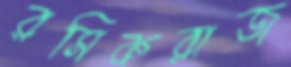
রসিকরাজ